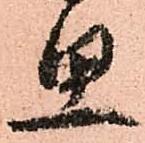
思